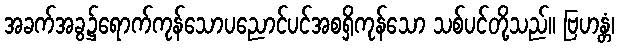
အခက်အခွ၌ရောက်ကုန်သောပညောင်ပင်အစရှိကုန်သော သစ်ပင်တို့သည်။ ဗြဟန္တံ၊